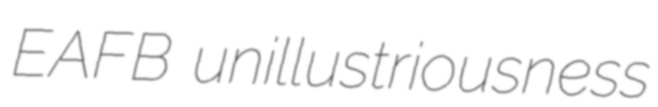
EAFB unillustriousness